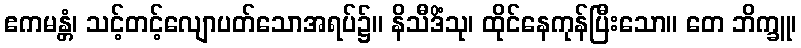
ဧကမန္တံ၊ သင့်တင့်လျောပတ်သောအရပ်၌။ နိသီဒိံသု၊ ထိုင်နေကုန်ပြီးသော။ တေ ဘိက္ခူ၊